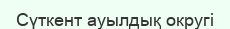
Сүткент ауылдық округі